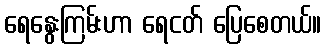
ရေနွေးကြမ်းဟာ ရေငတ် ပြေစေတယ်။